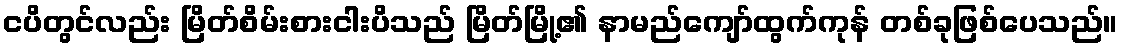
ငပိတွင်လည်း မြိတ်စိမ်းစားငါးပိသည် မြိတ်မြို့၏ နာမည်ကျော်ထွက်ကုန် တစ်ခုဖြစ်ပေသည်။